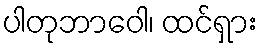
ပါတုဘာဝေါ၊ ထင်ရှား